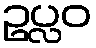
ဥပ္လဝ